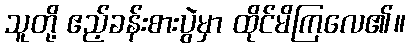
သူတို့ ဧည့်ခန်းစားပွဲမှာ ထိုင်မိကြလေ၏။